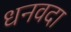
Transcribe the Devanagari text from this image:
धनवदा